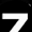
Digit: 7